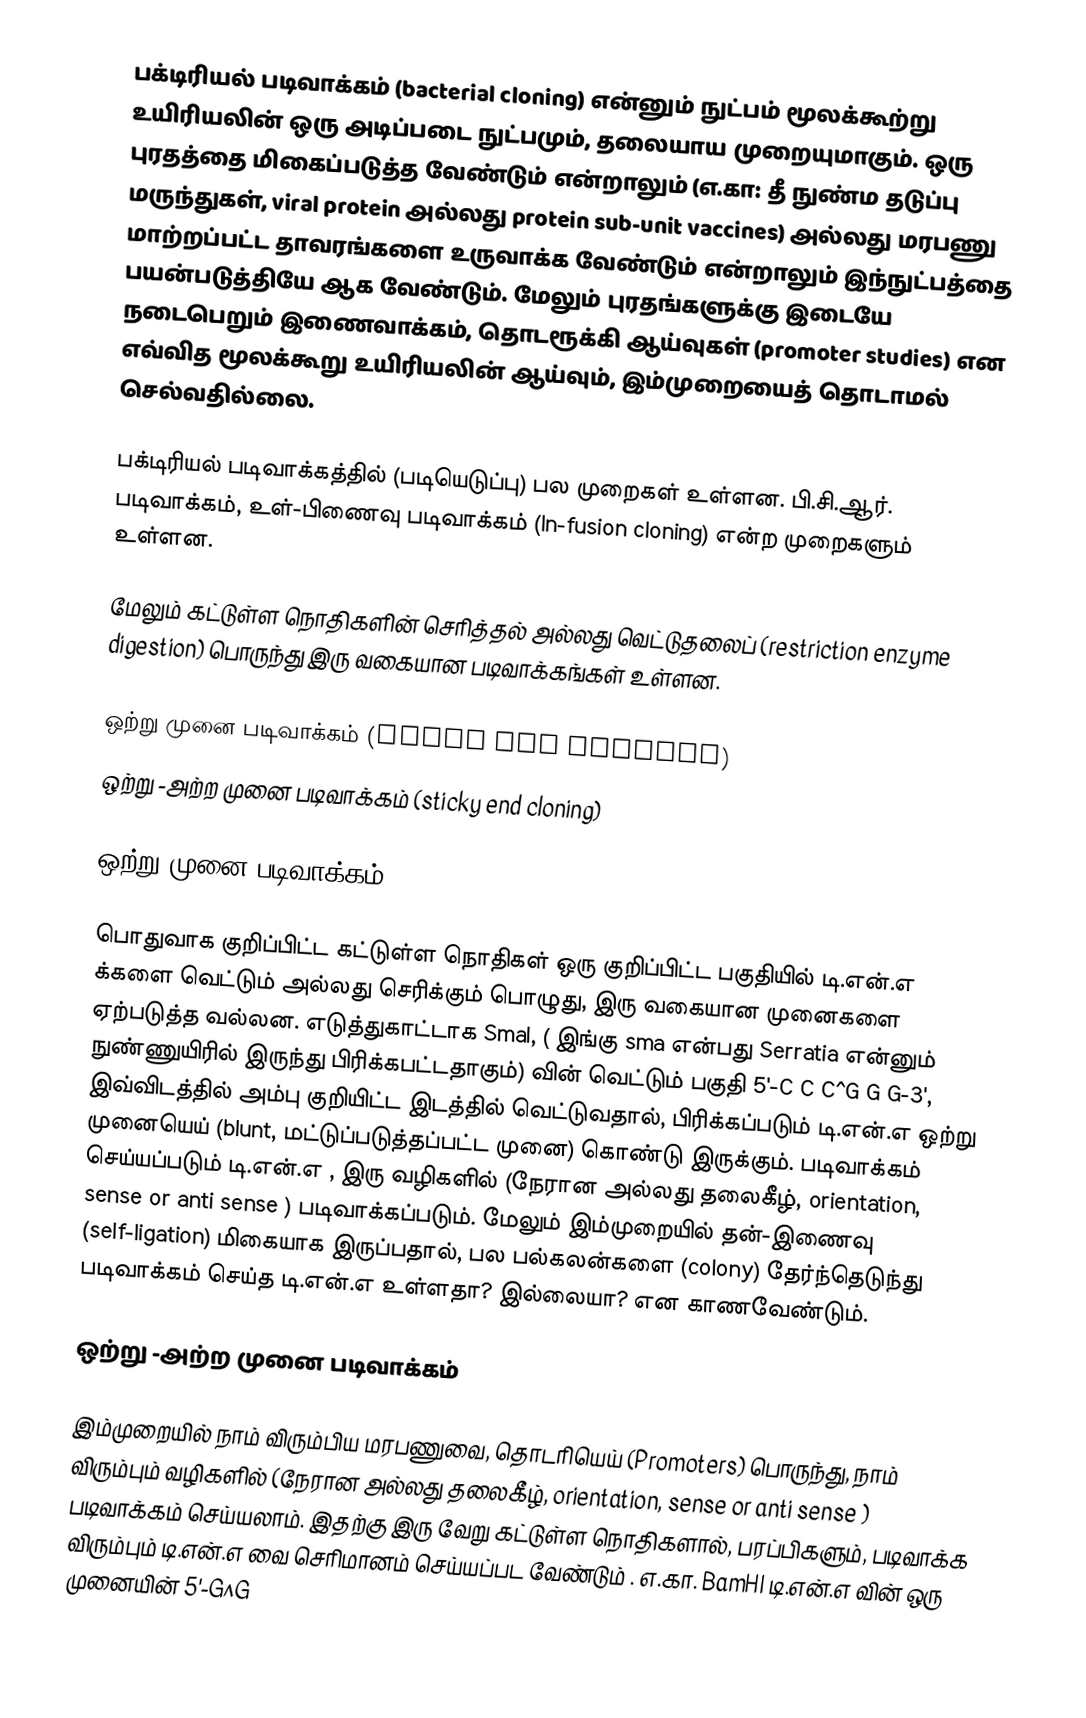
பக்டிரியல் படிவாக்கம் (bacterial cloning) என்னும் நுட்பம் மூலக்கூற்று உயிரியலின் ஒரு அடிப்படை நுட்பமும், தலையாய முறையுமாகும். ஒரு புரதத்தை மிகைப்படுத்த வேண்டும் என்றாலும் (எ.கா: தீ நுண்ம தடுப்பு மருந்துகள், viral  protein அல்லது protein sub-unit vaccines) அல்லது மரபணு மாற்றப்பட்ட தாவரங்களை உருவாக்க வேண்டும் என்றாலும் இந்நுட்பத்தை பயன்படுத்தியே ஆக வேண்டும். மேலும் புரதங்களுக்கு இடையே நடைபெறும் இணைவாக்கம், தொடரூக்கி ஆய்வுகள் (promoter studies) என எவ்வித மூலக்கூறு உயிரியலின்  ஆய்வும், இம்முறையைத் தொடாமல் செல்வதில்லை.

பக்டிரியல் படிவாக்கத்தில் (படியெடுப்பு) பல முறைகள் உள்ளன. பி.சி.ஆர். படிவாக்கம், உள்-பிணைவு படிவாக்கம் (In-fusion cloning) என்ற முறைகளும் உள்ளன.

மேலும் கட்டுள்ள நொதிகளின் செரித்தல் அல்லது வெட்டுதலைப்  (restriction enzyme digestion) பொருந்து இரு வகையான படிவாக்கங்கள் உள்ளன.

 ஒற்று  முனை படிவாக்கம் (blunt end cloning)
 ஒற்று -அற்ற  முனை படிவாக்கம் (sticky end cloning)

ஒற்று  முனை படிவாக்கம்

பொதுவாக குறிப்பிட்ட கட்டுள்ள நொதிகள் ஒரு குறிப்பிட்ட பகுதியில் டி.என்.எ க்களை வெட்டும் அல்லது செரிக்கும் பொழுது, இரு வகையான முனைகளை ஏற்படுத்த வல்லன. எடுத்துகாட்டாக SmaI, ( இங்கு sma என்பது Serratia என்னும் நுண்ணுயிரில் இருந்து பிரிக்கபட்டதாகும்) வின் வெட்டும் பகுதி   5'-C C C^G G G-3', இவ்விடத்தில் அம்பு குறியிட்ட இடத்தில் வெட்டுவதால், பிரிக்கப்படும் டி.என்.எ  ஒற்று முனையெய் (blunt, மட்டுப்படுத்தப்பட்ட முனை) கொண்டு இருக்கும். படிவாக்கம் செய்யப்படும் டி.என்.எ , இரு வழிகளில் (நேரான அல்லது தலைகீழ்,  orientation, sense or anti sense ) படிவாக்கப்படும். மேலும் இம்முறையில் தன்-இணைவு (self-ligation) மிகையாக இருப்பதால், பல பல்கலன்களை (colony) தேர்ந்தெடுந்து படிவாக்கம் செய்த டி.என்.எ உள்ளதா? இல்லையா? என காணவேண்டும்.

ஒற்று -அற்ற முனை படிவாக்கம்

இம்முறையில் நாம் விரும்பிய மரபணுவை, தொடரியெய் (Promoters) பொருந்து, நாம் விரும்பும் வழிகளில் (நேரான அல்லது தலைகீழ்,  orientation, sense or anti sense ) படிவாக்கம் செய்யலாம். இதற்கு இரு வேறு கட்டுள்ள நொதிகளால், பரப்பிகளும், படிவாக்க விரும்பும் டி.என்.எ வை செரிமானம் செய்யப்பட வேண்டும் .  எ.கா. BamHI  டி.என்.எ வின்  ஒரு முனையின்   5'-G^G